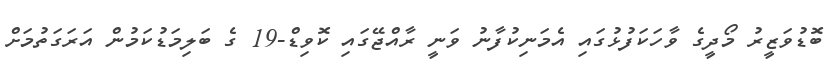
ބޮޑުވަޒީރު މޯދީގެ ވާހަކަފުޅުގައި އެމަނިކުފާނު ވަނީ ރާއްޖޭގައި ކޮވިޑް-19 ގެ ބަލިމަޑުކަމުން އަރަގަތުމަށް